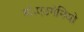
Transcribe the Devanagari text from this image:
डॉ॰एउगेनियो